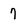
Character: 7